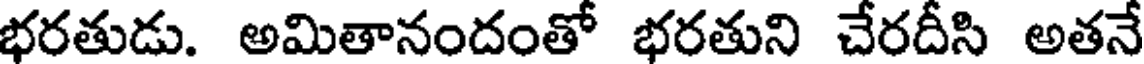
భరతుడు. అమితానందంతో భరతుని చేరదీసి అతనే